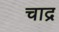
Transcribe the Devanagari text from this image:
चाद्र